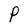
Character: P